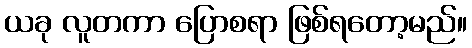
ယခု လူတကာ ပြောစရာ ဖြစ်ရတော့မည်။